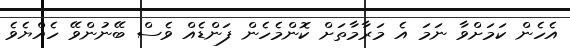
އެހެން ކަމަށްވާ ނަމަ އެ މަރާމާތަށް ކޮންމެހެން ފަންޑެއް ވެސް ބޭނުންވޭ ހެއްޔެވެ